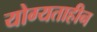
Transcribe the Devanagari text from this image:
योग्यताहीन